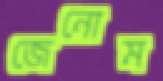
জেনোম